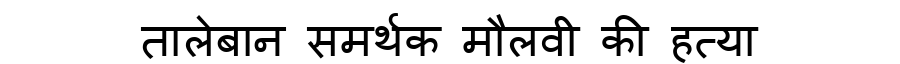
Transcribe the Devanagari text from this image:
तालेबान समर्थक मौलवी की हत्या